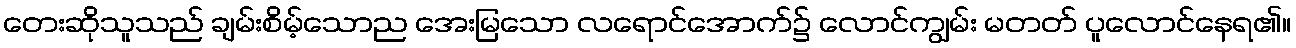
တေးဆိုသူသည် ချမ်းစိမ့်သောည အေးမြသော လရောင်အောက်၌ လောင်ကျွမ်း မတတ် ပူလောင်နေရ၏။